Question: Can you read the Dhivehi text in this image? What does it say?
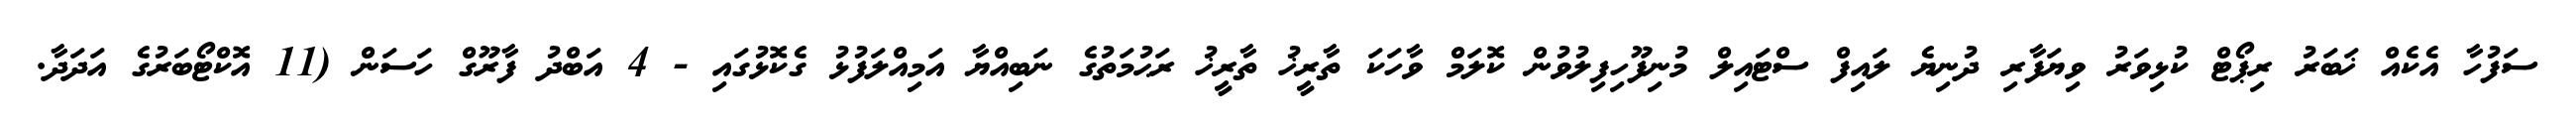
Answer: ސަފުހާ އެކެއް ޚަބަރު ރިޕޯޓް ކުޅިވަރު ވިޔަފާރި ދުނިޔެ ލައިފް ސްޓައިލް މުނިފޫހިފިލުވުން ކޮލަމް ވާހަކަ ތާރީޚު ތާރީޚު ރަޙުމަތުގެ ނަބިއްޔާ އަމިއްލަފުޅު ގެކޮޅުގައި - 4 އަބްދު ފާރޫގް ހަސަން (11 އޮކްޓޯބަރުގެ އަދަދާ.